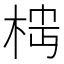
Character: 𬂷